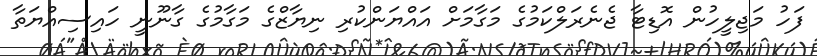
ފަހު މަޖިލީހުން އޮޑިޓާ ޖެނެރަލްކަމުގެ މަގާމަށް އައްޔަންކުރި ނިޔާޒްގެ މަގާމުގެ ގާނޫނީ ހައިސިއްޔަތާ